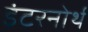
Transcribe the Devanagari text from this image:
इंटरनोर्थ